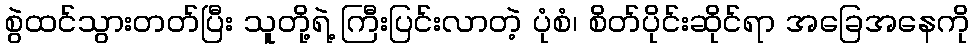
စွဲထင်သွားတတ်ပြီး သူတို့ရဲ့ ကြီးပြင်းလာတဲ့ ပုံစံ၊ စိတ်ပိုင်းဆိုင်ရာ အခြေအနေကို